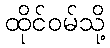
ထိုင်ဝမ်သို့